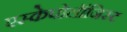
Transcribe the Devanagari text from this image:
एस्केपोलॉजिस्ट